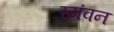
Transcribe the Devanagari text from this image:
स्मंवन